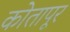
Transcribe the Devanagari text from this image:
कोतापूर